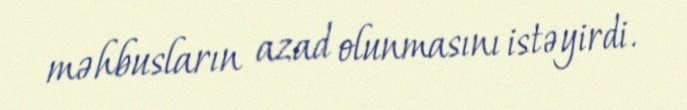
məhbusların azad olunmasını istəyirdi.